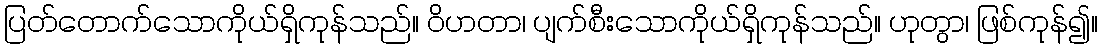
ပြတ်တောက်သောကိုယ်ရှိကုန်သည်။ ဝိဟတာ၊ ပျက်စီးသောကိုယ်ရှိကုန်သည်။ ဟုတွာ၊ ဖြစ်ကုန်၍။